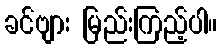
ခင်ဗျား မြည်းကြည့်ပါ။